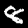
Label: 8